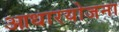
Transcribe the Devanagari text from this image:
आधारयोजना